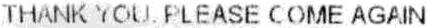
THANK YOU. PLEASE COME AGAIN